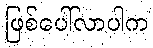
ဖြစ်ပေါ်လာပါက